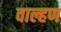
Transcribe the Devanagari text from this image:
वाल्हण